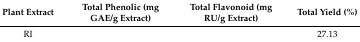
<table><thead><tr><td><b>Plant Extract</b></td><td><b>Total Phenolic (mg GAE/g Extract)</b></td><td><b>Total Flavonoid (mg RU/g Extract)</b></td><td><b>Total Yield (%)</b></td></tr></thead><tbody><tr><td>RI</td><td>[EMPTY_CELL]</td><td>[EMPTY_CELL]</td><td>27.13</td></tr></tbody></table>